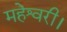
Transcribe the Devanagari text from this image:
महेश्वरी।